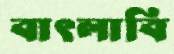
বাৎলাবি